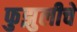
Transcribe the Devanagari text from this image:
फुझुलीचे